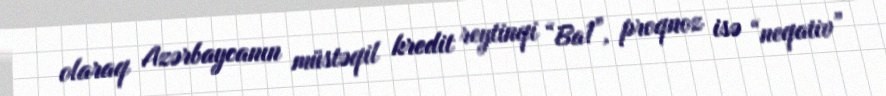
olaraq Azərbaycanın müstəqil kredit reytinqi “Ba1”, proqnoz isə “neqativ”